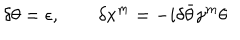
LaTeX: \delta \theta = \epsilon , \qquad \delta x ^ { m } = - i \delta \bar { \theta } \gamma ^ { m } \theta